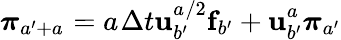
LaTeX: \boldsymbol{\pi}_{a^{\prime}+a_{}}=a_{}\Delta t{}\mathbf{u}_{b^{\prime}}^{a_{}/2}\mathbf{f}_{b^{\prime}}+\mathbf{u}_{b^{\prime}}^{a_{}}\boldsymbol{\pi}_{a^{\prime}}